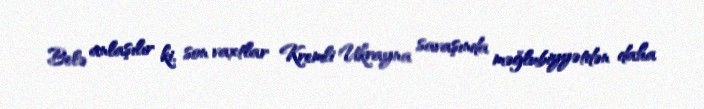
Belə anlaşılır ki, son vaxtlar Kremli Ukrayna savaşında məğlubiyyətdən daha